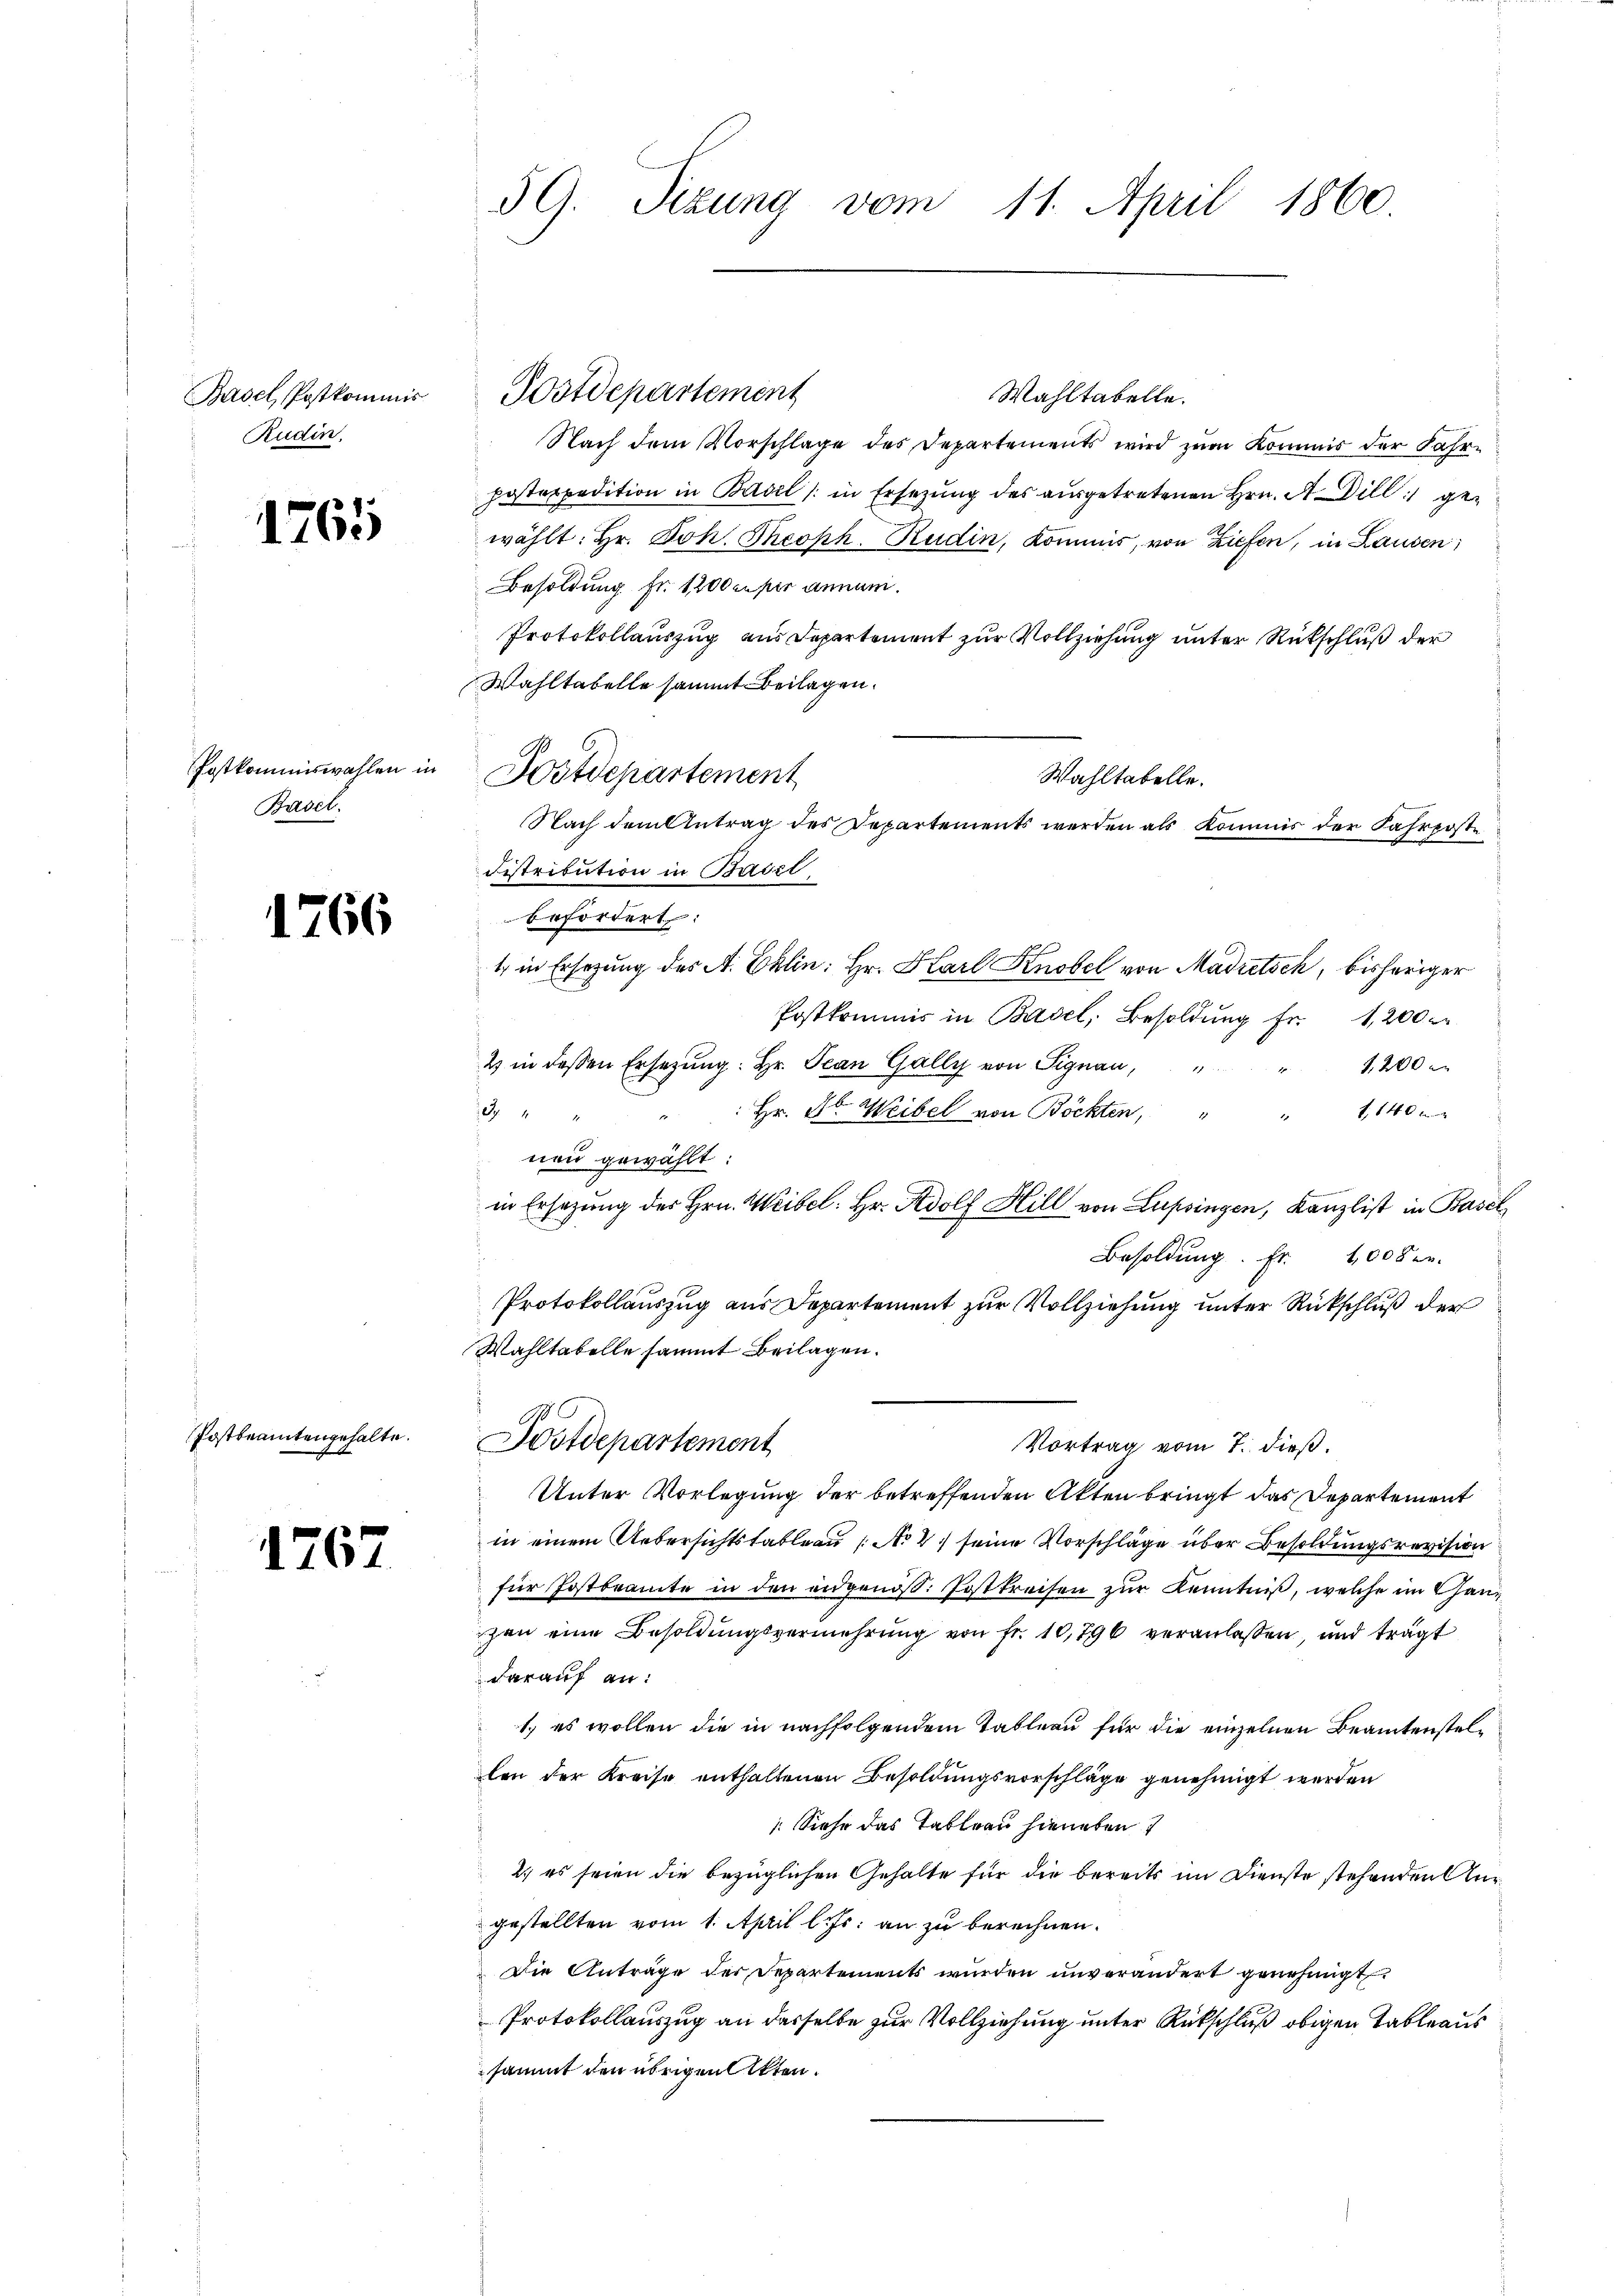
Basel, Postkommis
Rudin.

1761

Postkommiswahlen in
Basel.

12

66

Postbeamtengehalte.
I

1767

E

59. Sizung vom 11. April 1860

Wahltabelle.
Nach dem Vorschlage des Departements wird zum Kommis der Jahr¬
Postexpedition in Basil (in Ersezung des ausgetretenen Hrn. A Dill gewählt: Hr. Joh. Theoph. Rudin, Kommis, von Ziefen, in Lausen,
Besoldung fr. 1200 ceper annum.
Protokollauszug aus Departement zur Vollziehung unter Rückschluß der
Wahltabelle sammt Beilagen.
Distribution in Basel
befördert:
1 in Ersezung des A. Ellin: Hr. Karl Knobel von Madretsch, bisheriger
Postkommis in Basel, Besoldŭng fr. 1200 r
2 in deßen Ersetzung: Hr. Jean Gally von Signau,
1,200
.
e
: Hr. Jb. Weibel von Bockten, " " 1140
neu gewählt:
in Ersezung der Hrn. Weibel: Hr. Adolf Hill von Lupsingen, Kanzlist in Basel
Besoldung. Fr. 1000 er
Protokollauszug aus Departement zur Vollziehung unter Rückschluß der
Wahltabelle sammt Beilagen.
Postdepartement
Vortrag vom 7. dieß.
Unter Vorlegung der betreffenden Akten bringt das Departement
in einem Uebersichtstableau No 2) seine Vorschläge über Besoldungsrevision
für Jostbeamte in den eidgenöß. Posttreifen zur Kenntniß, welche im Ganzen eine Besoldungsvermehrung von fr. 10,796 veranlassen, und trägt
darauf an:
1.) es wollen die in nachfolgendem Tableau für die einzelnen Beamtenstellen der Kreise enthaltenen Besoldungsvorschläge genehmigt werden
Siehe das Tableau hieneben
2) es seien die bezüglichen Gehalte für die bereits im Dienste stehenden Ausgestellten vom 1. April l. Js. an zu berechnen.
Die Anträge der Departements wurden unverändert genehmigt
Protokollauszug an desselbe zur Vollziehung unter Rückschluß obigen Tableaus
sammt den übrigen Akten.

Postdepartement

Postdepartement

Wahltabelle.
Nach dem Antrag des Departements werden als Kommis der Fahrposte